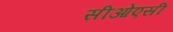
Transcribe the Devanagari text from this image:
सीओएसी